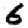
Digit: 6